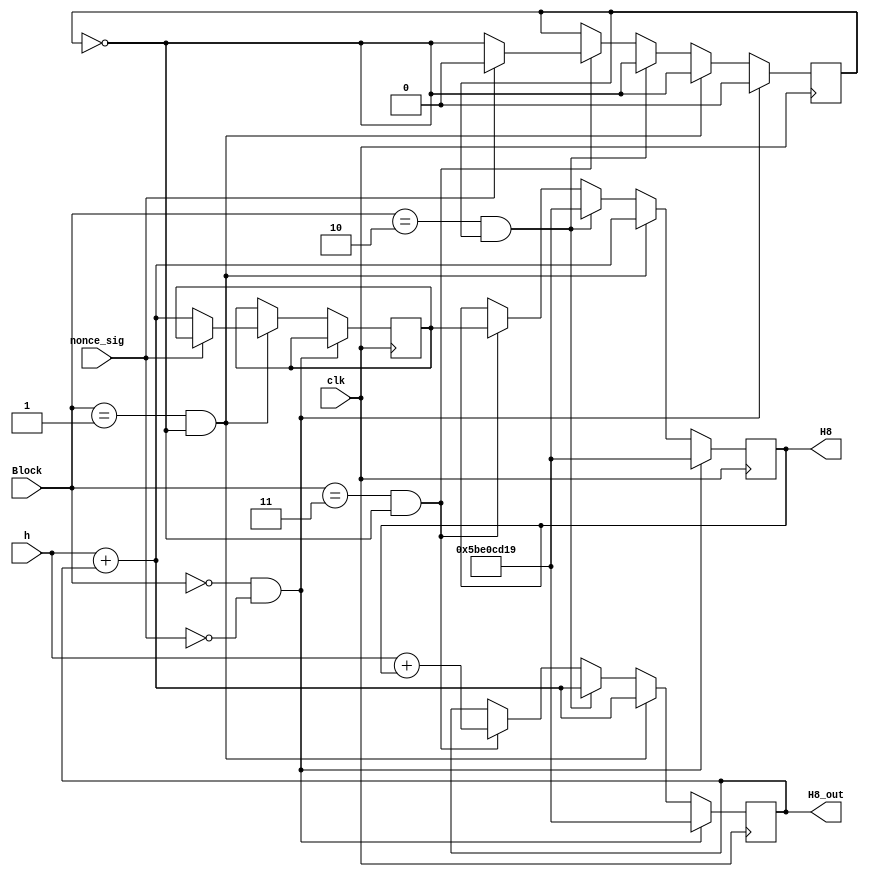
`timescale 1ns / 1ps
//////////////////////////////////////////////////////////////////////////////////
// Company: 
// Engineer: 
// 
// Design Name: 
// Module Name:    H8 
// Project Name: 
// Target Devices: 
// Tool versions: 
// Description: 
//
// Dependencies: 
//
// Revision: 
// Revision 0.01 - File Created
// Additional Comments: 
//
//////////////////////////////////////////////////////////////////////////////////
module H8(input [1:0] Block, input clk,nonce_sig, input [31:0] h, output reg [31:0] H8_out, H8 );


reg [31:0]inter;
reg source; 
initial
begin
H8_out = 32'h5be0cd19;
H8 = 32'h5be0cd19;
end

always @ (posedge clk)
begin
	
	if (Block == 0  && nonce_sig ==0)			
	begin
			H8_out <= 32'h5be0cd19;
			H8 <= 32'h5be0cd19;
			source <= 0;
		end
	else
		begin
		if(Block ==1 && source == 0)
		begin
			H8_out <= h + H8_out;
			H8 <= h + H8_out;
      if(nonce_sig ==0)
			inter <= h + H8_out;
			source <= ~source;
			end
				else
		if(Block ==2 && source ==1)
				begin
					H8_out <= h + H8_out;
			H8 <= 32'h5be0cd19;
			source <= ~source;
				end
						else
		if(Block ==3 && source ==0)
				begin
					H8_out <= h + H8;
					H8 <= inter;
					if(nonce_sig ==0)
					source <= ~source;
					else
					source <= 0;
				end
		end
		
end

endmodule